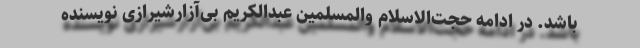
باشد. در ادامه حجت‌الاسلام والمسلمین عبدالکریم بی‌آزار‌شیرازی نویسنده